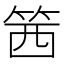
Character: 䇴